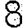
Digit: 8